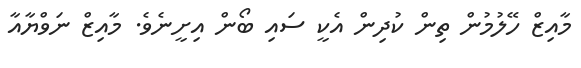
މާއިޒް ހޭލުމުން ތިން ކުދިން އެކީ ސައި ބޯން އިށީނެވެ. މާއިޒް ނަވްޔާއާ